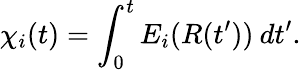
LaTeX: \chi_{i}(t)=\int_{0}^{t}E_{i}(R(t^{\prime}))\: dt^{\prime}.